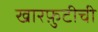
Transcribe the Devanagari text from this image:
खारफ़ुटीची